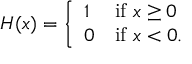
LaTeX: H ( x ) = { \left\{ \begin{array} { l l } { 1 } & { { \mathrm { i f ~ } } x \geq 0 } \\ { 0 } & { { \mathrm { i f ~ } } x < 0 . } \end{array} \right. }